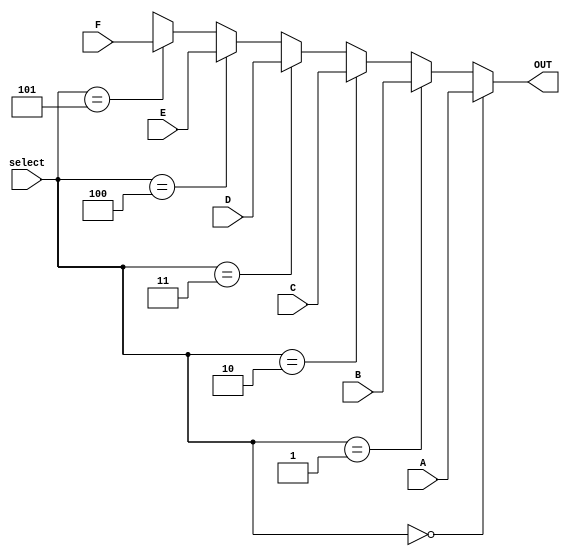
module MUX3(
    input [3:0] A,
    input [3:0] B,
    input [3:0] C,
    input [3:0] D,
    input [3:0] E,
    input [3:0] F,
    input [2:0] select,
    output reg [3:0] OUT
    );
       
    always @(*) begin
        if (select == 3'd0 )
            OUT = A;
        else if(select == 3'd1)
            OUT = B;
        else if(select == 3'd2)
            OUT = C;
        else if(select == 3'd3)
            OUT = D;
        else if(select == 3'd4)
            OUT = E;
        else if(select == 3'd5)
            OUT = F;
        else 
           OUT = 4'bXXXX;
    end
endmodule